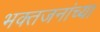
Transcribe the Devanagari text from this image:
भक्तजनांच्या